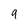
Character: 9